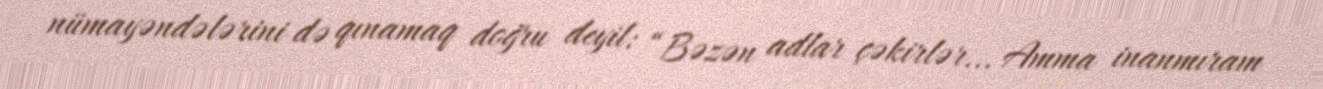
nümayəndələrini də qınamaq doğru deyil: “Bəzən adlar çəkirlər... Amma inanmıram